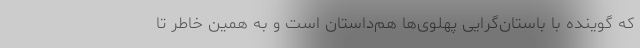
که گوینده با باستان‌گرایی پهلوی‌ها هم‌داستان است و به همین خاطر تا